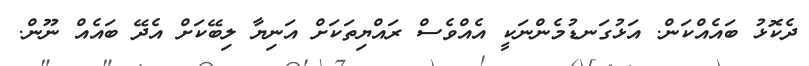
ދެކޮޅު ބައެއްކަން. އަޅުގަނޑުމެންނަކީ އެއްވެސް ރައްޔިތަކަށް އަނިޔާ ލިބޭކަށް އެދޭ ބައެއް ނޫން.